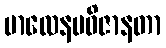
ဗာလေနမဝိဇာနတာ